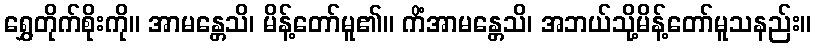
ရွှေတိုက်စိုးကို။ အာမန္တေသိ၊ မိန့်တော်မူ၏။ ကိံအာမန္တေသိ၊ အဘယ်သို့မိန့်တော်မူသနည်း။